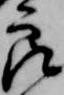
良